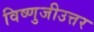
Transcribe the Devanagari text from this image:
विष्णुजीउत्तर